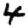
Digit: 4